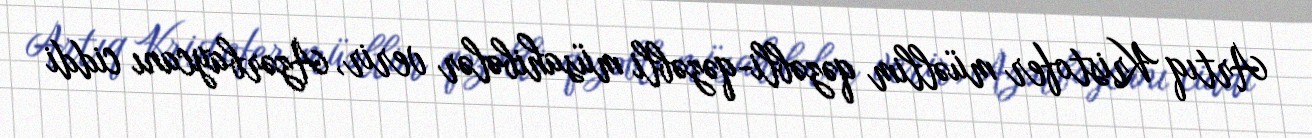
Artıq Kristofer müəllim qəzəbli-qəzəbli müsahibələr verir, Azərbaycanı ciddi